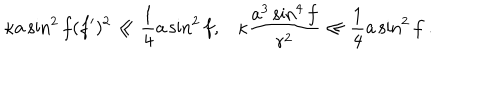
\kappa a \sin ^ { 2 } f ( f ^ { \prime } ) ^ { 2 } \ll \frac { 1 } { 4 } a \sin ^ { 2 } f , \kappa \frac { a ^ { 3 } \sin ^ { 4 } f } { r ^ { 2 } } \ll \frac { 1 } { 4 } a \sin ^ { 2 } f \ .